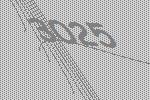
3025